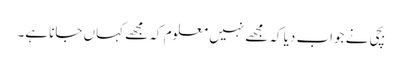
بچی نے جواب دیا کہ مجھے نہیں معلوم کہ مجھے کہاں جانا ہے۔